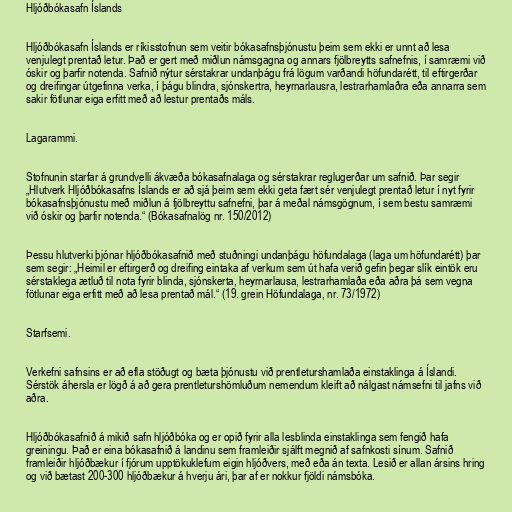
Hljóðbókasafn Íslands

Hljóðbókasafn Íslands er ríkisstofnun sem veitir bókasafnsþjónustu þeim sem ekki er unnt að lesa
venjulegt prentað letur. Það er gert með miðlun námsgagna og annars fjölbreytts safnefnis, í samræmi við
óskir og þarfir notenda. Safnið nýtur sérstakrar undanþágu frá lögum varðandi höfundarétt, til eftirgerðar
og dreifingar útgefinna verka, í þágu blindra, sjónskertra, heyrnarlausra, lestrarhamlaðra eða annarra sem
sakir fötlunar eiga erfitt með að lestur prentaðs máls.

Lagarammi.

Stofnunin starfar á grundvelli ákvæða bókasafnalaga og sérstakrar reglugerðar um safnið. Þar segir
„Hlutverk Hljóðbókasafns Íslands er að sjá þeim sem ekki geta fært sér venjulegt prentað letur í nyt fyrir
bókasafnsþjónustu með miðlun á fjölbreyttu safnefni, þar á meðal námsgögnum, í sem bestu samræmi
við óskir og þarfir notenda.“ (Bókasafnalög nr. 150/2012)

Þessu hlutverki þjónar hljóðbókasafnið með stuðningi undanþágu höfundalaga (laga um höfundarétt) þar
sem segir: „Heimil er eftirgerð og dreifing eintaka af verkum sem út hafa verið gefin þegar slík eintök eru
sérstaklega ætluð til nota fyrir blinda, sjónskerta, heyrnarlausa, lestrarhamlaða eða aðra þá sem vegna
fötlunar eiga erfitt með að lesa prentað mál.“ (19. grein Höfundalaga, nr. 73/1972)

Starfsemi.

Verkefni safnsins er að efla stöðugt og bæta þjónustu við prentleturshamlaða einstaklinga á Íslandi.
Sérstök áhersla er lögð á að gera prentleturshömluðum nemendum kleift að nálgast námsefni til jafns við
aðra.

Hljóðbókasafnið á mikið safn hljóðbóka og er opið fyrir alla lesblinda einstaklinga sem fengið hafa
greiningu. Það er eina bókasafnið á landinu sem framleiðir sjálft megnið af safnkosti sínum. Safnið
framleiðir hljóðbækur í fjórum upptökuklefum eigin hljóðvers, með eða án texta. Lesið er allan ársins hring
og við bætast 200-300 hljóðbækur á hverju ári, þar af er nokkur fjöldi námsbóka.